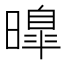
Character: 曍